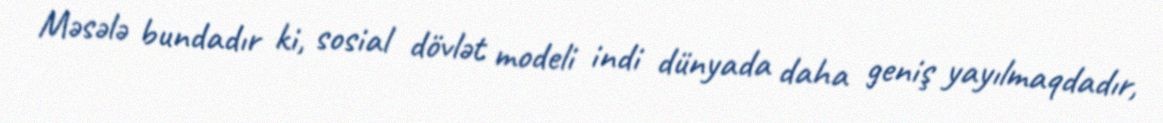
Məsələ bundadır ki, sosial dövlət modeli indi dünyada daha geniş yayılmaqdadır,